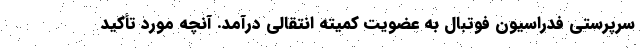
سرپرستی فدراسیون فوتبال به عضویت کمیته انتقالی درآمد. آنچه مورد تأکید